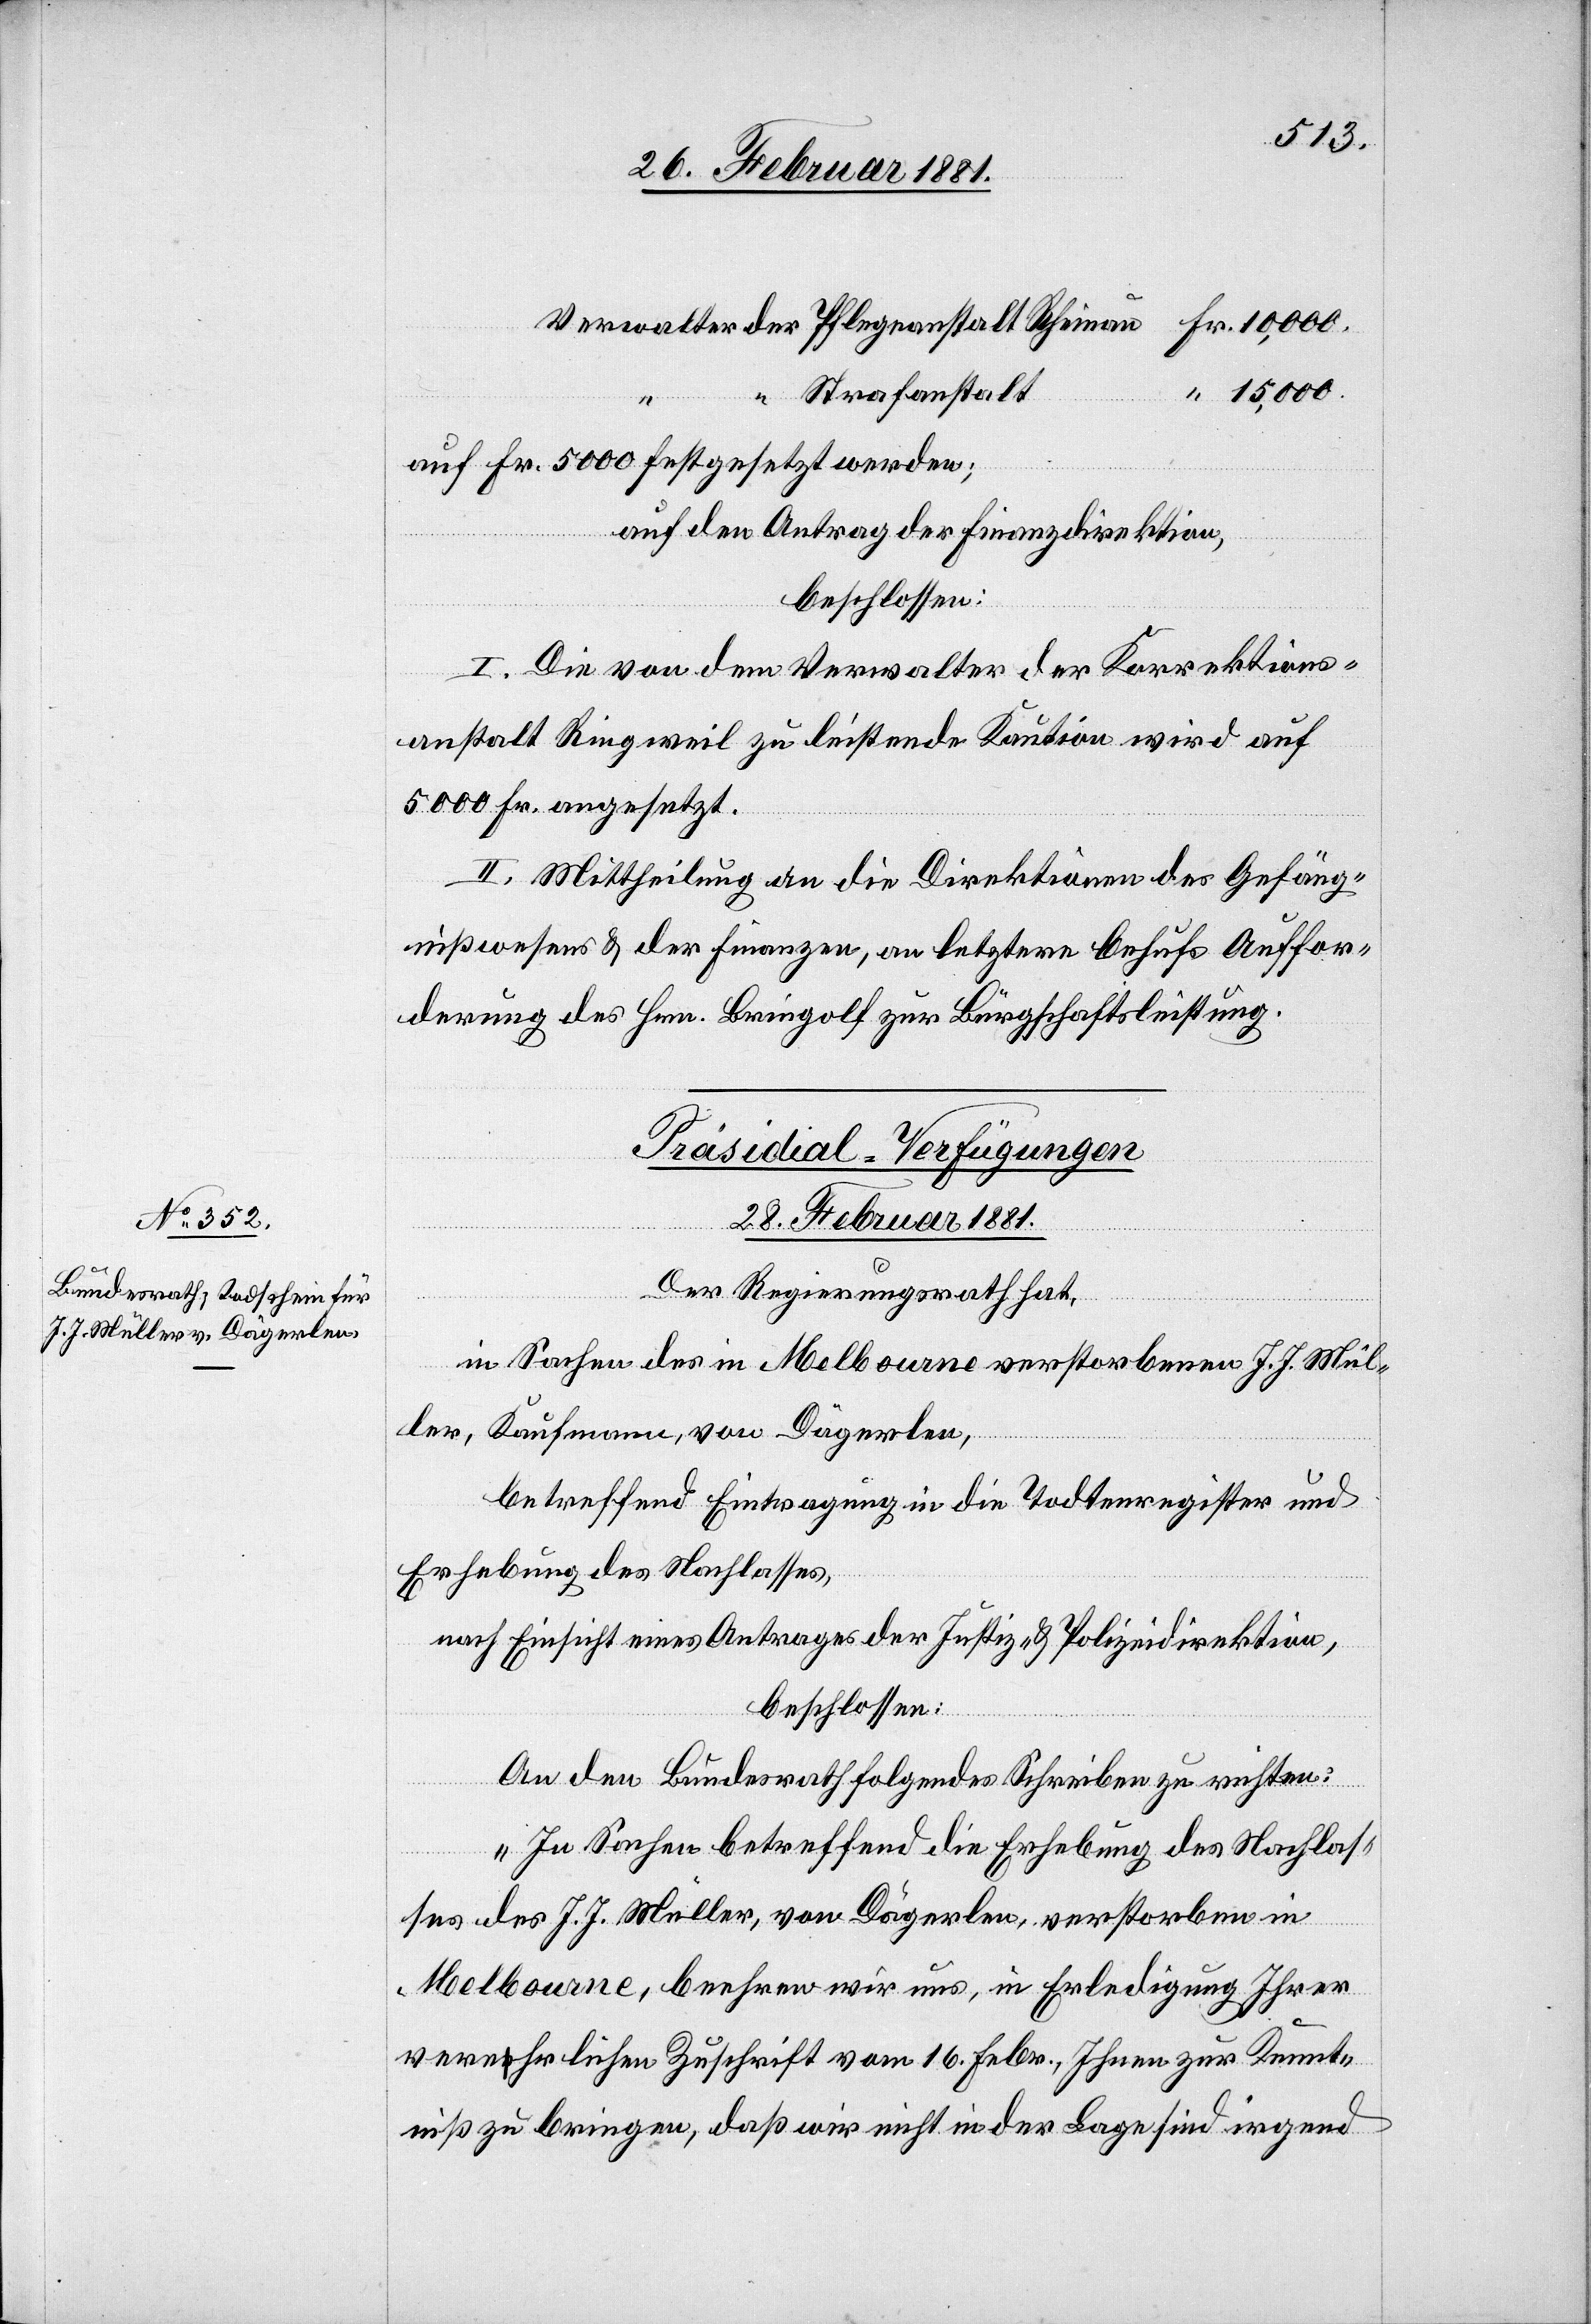
15,000.
auf Fr. 5000 festgesetzt werden;
auf den Antrag der Finanzdirektion,
beschlossen:
I. Die von dem Verwalter der Korrektions¬
anstalt Ringweil zu leistende Kaution wird auf
5000 Fr. angesetzt.
II. Mittheilung an die Direktionen des Gefäng¬
nißwesens & der Finanzen, an letztere behufs Auffor¬
derung des Hrn. Bringolf zur Bürgschaftsleistung.
Präsidial-Verfügungen
28. Februar 1881.
Fr.
Der Regierungsrath hat,
in Sachen des in Melbourne verstorbenen J. J. Mül¬
ler, Kaufmann, von Dägerlen,
betreffend Eintragung in die Todtenregister und
Erhebung des Nachlasses,
nach Einsicht eines Antrages der Justiz- & Polizeidirektion,
beschlossen:
An den Bundesrath folgendes Schreiben zu richten:
„In Sachen betreffend die Erhebung des Nachlas¬
ses des J. J. Müller, von Dägerlen, verstorben in
“
Melbourne, beehren wir uns, in Erledigung Ihrer
verehrlichen Zuschrift vom 16. Febr., Ihnen zur Kennt¬
niß zu bringen, daß wir nicht in der Lage sind irgend